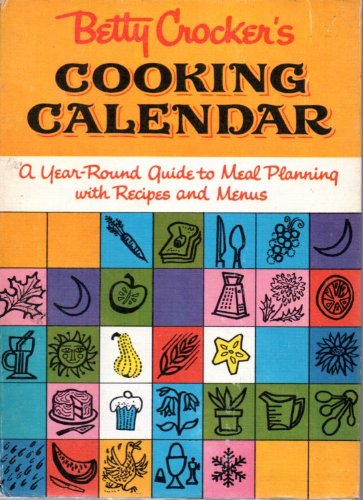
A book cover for Betty Crocker's Cooking Calendar A Year Round Guide To Meal Planning With Recipes And Menus; Betty Crocker; Calendars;